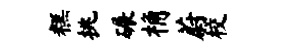
糕挑碾桷蔚校